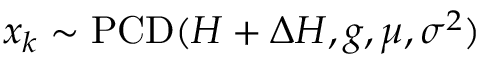
x _ { k } \sim \operatorname { P C D } ( H + \Delta H , g , \mu , \sigma ^ { 2 } )